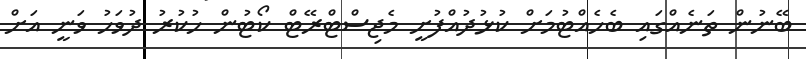
ބޭނުން ތަނެއްގައި ބެހެއްޓުމަށް ކުޅުދުއްފުށީ މެޖިސްޓްރޭޓް ކޯޓުން ހުކުރު ދުވަހު ވަނީ އަށް